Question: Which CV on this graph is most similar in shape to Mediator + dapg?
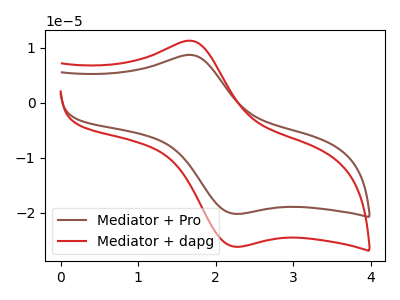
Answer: <think>The brown curve "Mediator + Pro" has an anodic peak at (1.70V, 8.65uA) and a cathodic peak at (2.25V, -20.20uA). The red curve "Mediator + dapg" has an anodic peak at (1.70V, 11.20uA) and a cathodic peak at (2.25V, -26.15uA).
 All the peaks in "Mediator + Pro" have a peak in "Mediator + dapg" at the same potential. Every peak in "Mediator + Pro" is lower than every peak in "Mediator + dapg".</think>
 <answer>The CV with the most similar shape to "Mediator + Pro" is "Mediator + dapg".</answer>
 <eval>"Mediator + dapg"</eval>